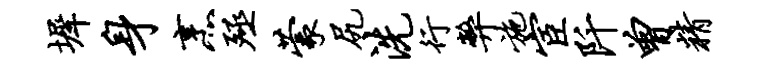
墀身烹殛蒙尻洗行弊施宦阡曾精